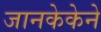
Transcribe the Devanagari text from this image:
जानकेकेने